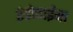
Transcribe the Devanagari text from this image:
इंडोचाईना